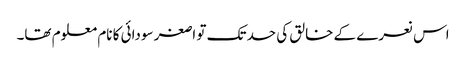
اس نعرے کے خالق کی حد تک تو اصغر سودائی کا نام معلوم تھا۔